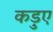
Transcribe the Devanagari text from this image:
कड़ुए